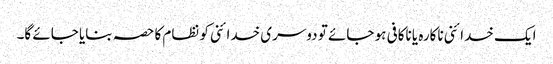
ایک خدائنی ناکارہ یا ناکافی ہو جائے تو دوسری خدائنی کو نظام کا حصہ بنایا جائے گا۔